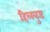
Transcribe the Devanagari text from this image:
हिलवुड